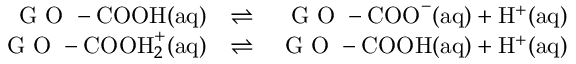
\begin{array} { r l r } { \textrm { G O } - \mathrm { C O O H } \mathrm { ( a q ) } } & { \rightleftharpoons } & { \textrm { G O } - \mathrm { C O O } ^ { - } \mathrm { ( a q ) } + \mathrm { H } ^ { + } \mathrm { ( a q ) } } \\ { \textrm { G O } - \mathrm { C O O H } _ { 2 } ^ { + } \mathrm { ( a q ) } } & { \rightleftharpoons } & { \textrm { G O } - \mathrm { C O O H } \mathrm { ( a q ) } + \mathrm { H } ^ { + } \mathrm { ( a q ) } } \end{array}